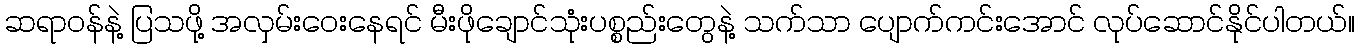
ဆရာဝန်နဲ့ ပြသဖို့ အလှမ်းဝေးနေရင် မီးဖိုချောင်သုံးပစ္စည်းတွေနဲ့ သက်သာ ပျောက်ကင်းအောင် လုပ်ဆောင်နိုင်ပါတယ်။